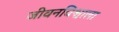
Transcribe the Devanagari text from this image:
जीवनविश्वाला